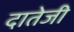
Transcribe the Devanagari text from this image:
दातेजी